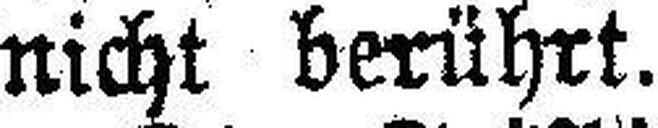
nicht berührt.